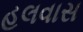
હલવાસ